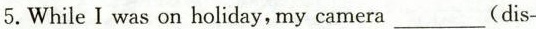
5. While I was on holiday, my camera ___(dis-